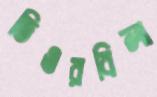
তিওরবিলা